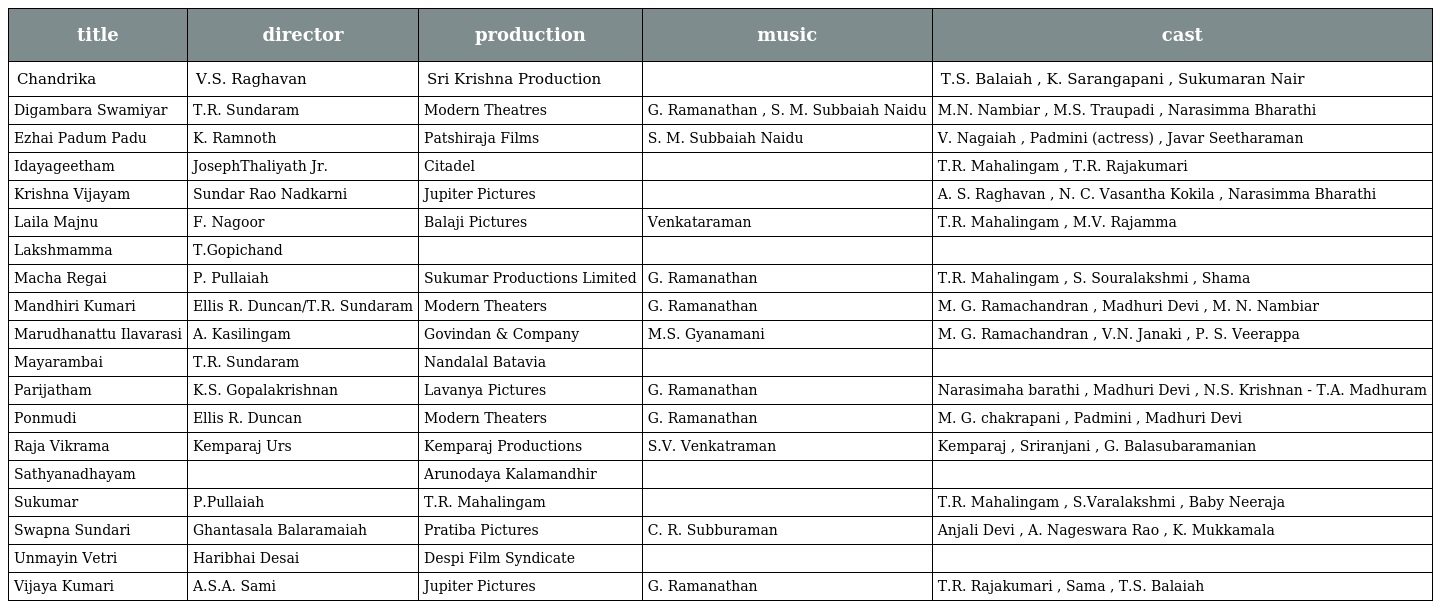
| title | director | production | music | cast |
 | --- | --- | --- | --- | --- |
 | Chandrika | V.S. Raghavan | Sri Krishna Production |  | T.S. Balaiah , K. Sarangapani , Sukumaran Nair |
 | Digambara Swamiyar | T.R. Sundaram | Modern Theatres | G. Ramanathan , S. M. Subbaiah Naidu | M.N. Nambiar , M.S. Traupadi , Narasimma Bharathi |
 | Ezhai Padum Padu | K. Ramnoth | Patshiraja Films | S. M. Subbaiah Naidu | V. Nagaiah , Padmini (actress) , Javar Seetharaman |
 | Idayageetham | JosephThaliyath Jr. | Citadel |  | T.R. Mahalingam , T.R. Rajakumari |
 | Krishna Vijayam | Sundar Rao Nadkarni | Jupiter Pictures |  | A. S. Raghavan , N. C. Vasantha Kokila , Narasimma Bharathi |
 | Laila Majnu | F. Nagoor | Balaji Pictures | Venkataraman | T.R. Mahalingam , M.V. Rajamma |
 | Lakshmamma | T.Gopichand |  |  |  |
 | Macha Regai | P. Pullaiah | Sukumar Productions Limited | G. Ramanathan | T.R. Mahalingam , S. Souralakshmi , Shama |
 | Mandhiri Kumari | Ellis R. Duncan/T.R. Sundaram | Modern Theaters | G. Ramanathan | M. G. Ramachandran , Madhuri Devi , M. N. Nambiar |
 | Marudhanattu Ilavarasi | A. Kasilingam | Govindan & Company | M.S. Gyanamani | M. G. Ramachandran , V.N. Janaki , P. S. Veerappa |
 | Mayarambai | T.R. Sundaram | Nandalal Batavia |  |  |
 | Parijatham | K.S. Gopalakrishnan | Lavanya Pictures | G. Ramanathan | Narasimaha barathi , Madhuri Devi , N.S. Krishnan - T.A. Madhuram |
 | Ponmudi | Ellis R. Duncan | Modern Theaters | G. Ramanathan | M. G. chakrapani , Padmini , Madhuri Devi |
 | Raja Vikrama | Kemparaj Urs | Kemparaj Productions | S.V. Venkatraman | Kemparaj , Sriranjani , G. Balasubaramanian |
 | Sathyanadhayam |  | Arunodaya Kalamandhir |  |  |
 | Sukumar | P.Pullaiah | T.R. Mahalingam |  | T.R. Mahalingam , S.Varalakshmi , Baby Neeraja |
 | Swapna Sundari | Ghantasala Balaramaiah | Pratiba Pictures | C. R. Subburaman | Anjali Devi , A. Nageswara Rao , K. Mukkamala |
 | Unmayin Vetri | Haribhai Desai | Despi Film Syndicate |  |  |
 | Vijaya Kumari | A.S.A. Sami | Jupiter Pictures | G. Ramanathan | T.R. Rajakumari , Sama , T.S. Balaiah |